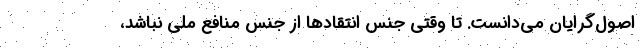
اصول‌گرایان می‌دانست. تا وقتی جنس انتقادها از جنس منافع ملی نباشد،